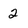
Character: 2